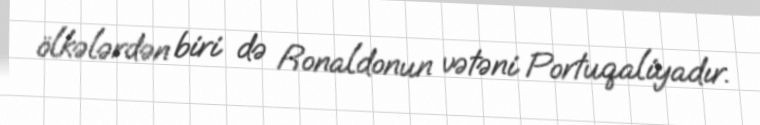
ölkələrdən biri də Ronaldonun vətəni Portuqaliyadır.